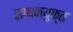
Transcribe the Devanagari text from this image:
साधनयुक्त